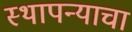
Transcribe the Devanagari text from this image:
स्थापन्याचा